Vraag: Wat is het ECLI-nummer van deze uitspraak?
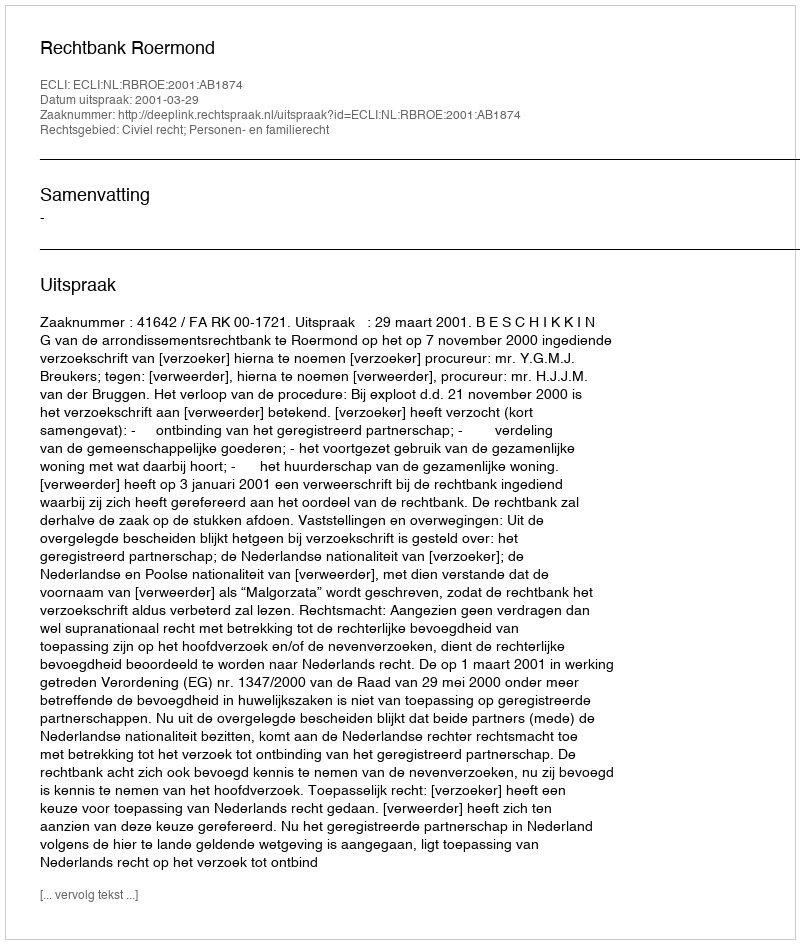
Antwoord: ECLI:NL:RBROE:2001:AB1874